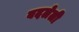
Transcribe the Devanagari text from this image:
बदलेली